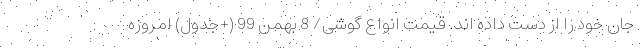
جان خود را از دست داده اند. قیمت انواع گوشی/ 8 بهمن 99 (+جدول) امروزه